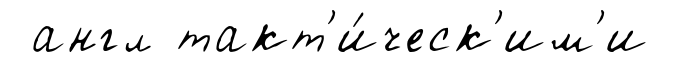
англ такт'и́ческ'им'и